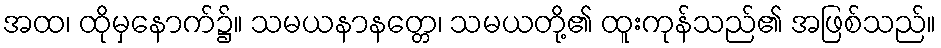
အထ၊ ထိုမှနောက်၌။ သမယနာနတ္တေ၊ သမယတို့၏ ထူးကုန်သည်၏ အဖြစ်သည်။